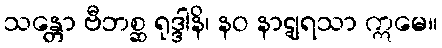
သန္တော ဗီဘစ္ဆ ရုဒ္ဒါနိ၊ နဝ နာဋျရသာ ဣမေ။